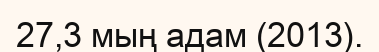
27,3 мың адам (2013).